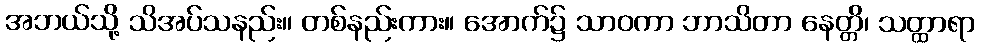
အဘယ်သို့ သိအပ်သနည်း။ တစ်နည်းကား။ အောက်၌ သာဝကာ ဘာသိတာ နေတ္တိ၊ သတ္ထာရာ